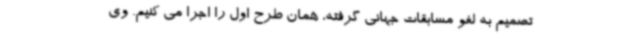
تصمیم به لغو مسابقات جهانی گرفته، همان طرح اول را اجرا می کنیم. وی